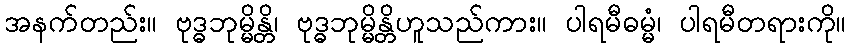
အနက်တည်း။ ဗုဒ္ဓဘုမ္မိန္တိ၊ ဗုဒ္ဓဘုမ္မိန္တိဟူသည်ကား။ ပါရမီဓမ္မံ၊ ပါရမီတရားကို။